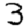
Digit: 3